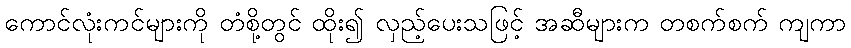
ကောင်လုံးကင်များကို တံစို့တွင် ထိုး၍ လှည့်ပေးသဖြင့် အဆီများက တစက်စက် ကျကာ